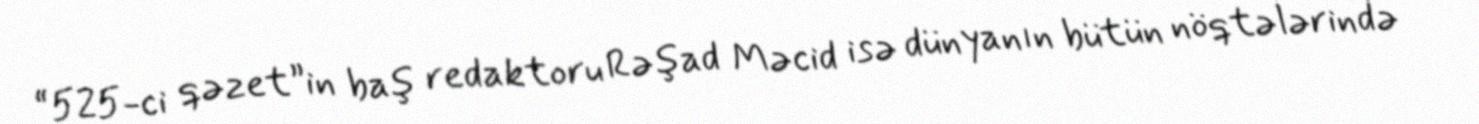
“525-ci qəzet”in baş redaktoru Rəşad Məcid isə dünyanın bütün nöqtələrində